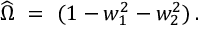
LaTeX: \widehat \Omega ~ = ~ ( 1 - w _ { 1 } ^ { 2 } - w _ { 2 } ^ { 2 } ) \, .